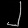
Digit: ၂